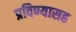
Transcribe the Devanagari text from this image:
प्रविण्यासह